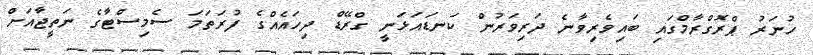
ހުނަރު ޕްރޮގްރާމްގައި ބައިވެރިވާނެ ދަރިވަރުން ކަނޑައަޅަނީ ގްރޭޑް ދިހައެއްގެ ފުރަތަމަ ސެމިސްޓާގެ ނަތީޖާއަށް